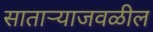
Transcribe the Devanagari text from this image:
सातार्‍याजवळील